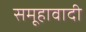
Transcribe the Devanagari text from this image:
समूहावादी